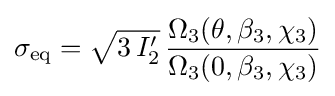
\sigma _{\mathrm {eq} }={\sqrt {3\,I_{2}'}}\,{\frac {\Omega _{3}(\theta ,\beta _{3},\chi _{3})}{\Omega _{3}(0,\beta _{3},\chi _{3})}}